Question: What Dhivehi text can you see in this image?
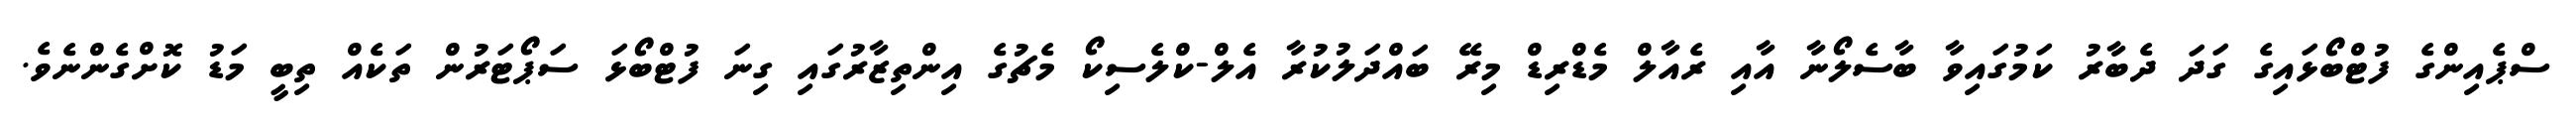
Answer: ސްޕެއިންގެ ފުޓްބޯޅައިގެ ގަދަ ދެބާރު ކަމުގައިވާ ބާސެލޯނާ އާއި ރެއާލް މެޑްރިޑް މިރޭ ބައްދަލުކުރާ އެލް-ކްލެސިކޯ މެޗުގެ އިންތިޒާރުގައި ގިނަ ފުޓްބޯޅަ ސަޕޯޓަރުން ތަކެއް ތިބީ މަޑު ކޮށްގެންނެވެ.